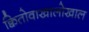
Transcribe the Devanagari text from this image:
क्वितोवाखालोखाल